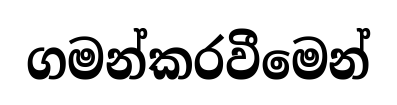
ගමන්කරවීමෙන්